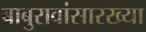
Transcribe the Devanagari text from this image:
बाबुरावांसारख्या